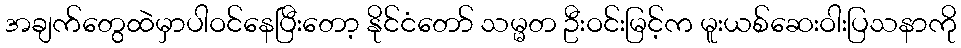
အချက်တွေထဲမှာပါဝင်နေပြီးတော့ နိုင်ငံတော် သမ္မတ ဦးဝင်းမြင့်က မူးယစ်ဆေးဝါးပြသနာကို